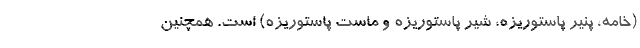
(خامه، پنیر پاستوریزه، شیر پاستوریزه و ماست پاستوریزه) است. همچنین